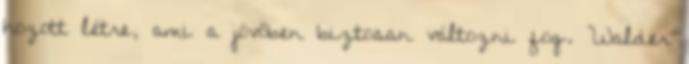
hozott létre, ami a jövőben biztosan változni fog. Walder